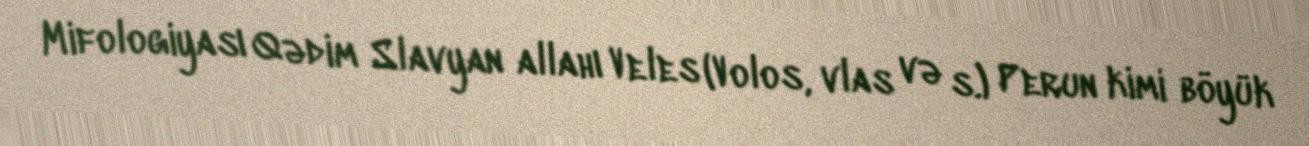
Mifologiyası Qədim Slavyan allahı Veles (Volos, vlas və s.) Perun kimi böyük